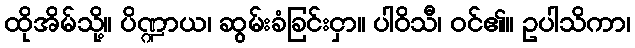
ထိုအိမ်သို့။ ပိဏ္ဍာယ၊ ဆွမ်းခံခြင်းငှာ။ ပါဝိသီ၊ ဝင်၏။ ဥပါသိကာ၊